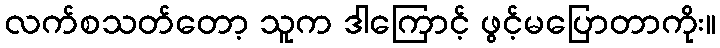
လက်စသတ်တော့ သူက ဒါကြောင့် ဖွင့်မပြောတာကိုး။